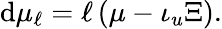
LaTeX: \mathrm{d}\mu_{\ell}=\ell\left(\mu-\iota_{u}\Xi\right).